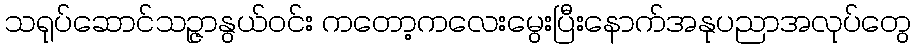
သရုပ်ဆောင်သဉ္ဇာနွယ်ဝင်း ကတော့ကလေးမွေးပြီးနောက်အနုပညာအလုပ်တွေ